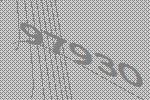
97930